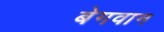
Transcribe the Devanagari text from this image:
बेगवान